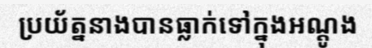
ប្រយ័ត្ននាងបានធ្លាក់ទៅក្នុងអណ្តូង